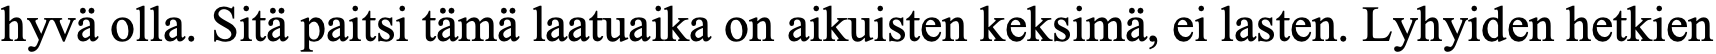
hyvä olla. Sitä paitsi tämä laatuaika on aikuisten keksimä, ei lasten. Lyhyiden hetkien